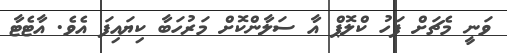
ވަނީ މެޗަށް ފަހު ކްލޮޕް އާ ސަލާންކޮށް މަރުހަބާ ކިޔައިފަ އެވެ. އާޓެޓާ